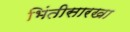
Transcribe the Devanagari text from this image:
भिंतीसारखा